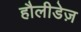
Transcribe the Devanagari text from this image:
हौलीडेज़